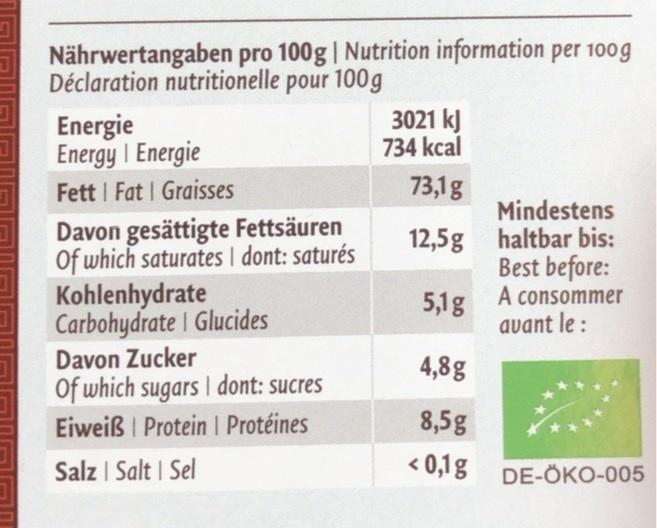
Nährwertangaben pro 100g | Nutrition information per 100g Déclaration nutritionelle pour 100g
3021 kJ 734 kcal
Energie Energy I Energie Fett | Fat | Graisses
73,1g
Mindestens
Davon gesättigte Fettsäuren Of which saturates | dont: saturés
Kohlenhydrate Carbohydrate I Glucides
12,5g haltbar bis: Best before: 5,1g A consommer avant le :
Davon Zucker Of which sugars I dont: sucres Eiweiß I Protein I Protéines
4,8g
8,5g
Salz | Salt | Sel
< 0,1g
DE-ÖKO-005